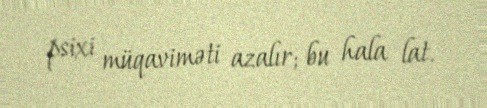
psixi müqaviməti azalır; bu hala lat.